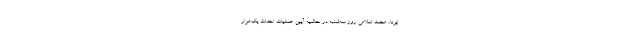
ایرنا، محمد اسلامی روز سه‌شنبه در حاشیه آیین عملیات احداث یک‌هزار